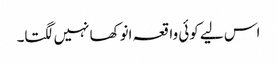
اس لیے کوئی واقعہ انوکھا نہیں لگتا۔